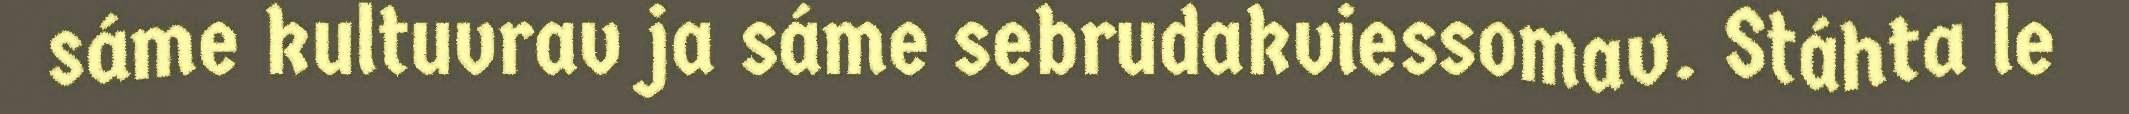
sáme kultuvrav ja sáme sebrudakviessomav. Stáhta le